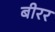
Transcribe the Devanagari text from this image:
बीरर